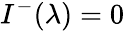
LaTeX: I^{-}(\lambda)=0